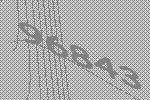
96843